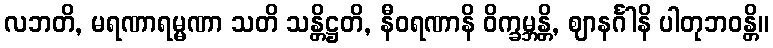
လဘတိ, မရဏာရမ္မဏာ သတိ သန္တိဋ္ဌတိ, နီဝရဏာနိ ဝိက္ခမ္ဘန္တိ, ဈာနင်္ဂါနိ ပါတုဘဝန္တိ။